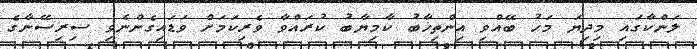
ލަންކާގައި މިދިޔަ މަހު ބޭއްވި އިންތިޚާބު ކާމިޔާބު ކުރައްވާ ވެރިކަމަށް ވަޑައިގެންނެވި ސިރިސޭނާގެ